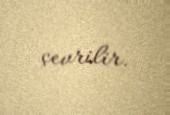
çevrilir.